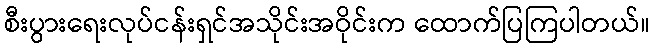
စီးပွားရေးလုပ်ငန်းရှင်အသိုင်းအဝိုင်းက ထောက်ပြကြပါတယ်။